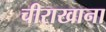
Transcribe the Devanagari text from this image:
चीराखाना